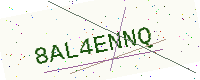
Text: 8AL4ENNQ